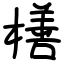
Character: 橏